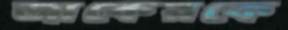
জাকেরকে